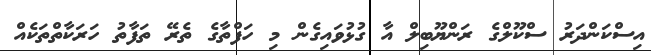
އިސްކަންދަރު ސްކޫލްގެ ރަންޔޫބިލް އާ ގުޅުވައިގެން މި ހަފްތާގެ ތެރޭ ތަފާތު ހަރަކާތްތަކެއް